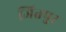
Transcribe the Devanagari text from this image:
जितपुर